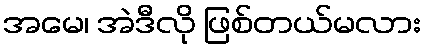
အမေ၊ အဲဒီလို ဖြစ်တယ်မလား